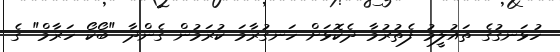
ހުޅަނގުގެ ތައުލީމު ފެތުރުމާ ދެކޮޅަށް ހަނގުރާމަ ކުރަމުން ގެންދާ "ބޯކޯ ހަރާމް" ގެ